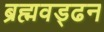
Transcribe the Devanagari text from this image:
ब्रह्मवड्ढन